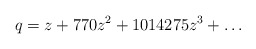
\begin{align*}q = z + 770z^2+1014275z^3+\ldots\end{align*}